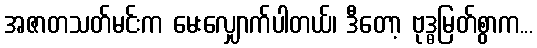
အဇာတသတ်မင်းက မေးလျှောက်ပါတယ်၊ ဒီတော့ ဗုဒ္ဓမြတ်စွာက...